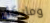
ومايكل